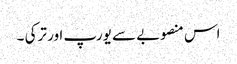
اس منصوبے سے یورپ اور ترکی ۔